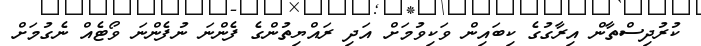
ކުރުދިސްތާން އިރާގުގެ ކިބައިން ވަކިވުމަށް އަދި ރައްޔިތުންގެ ފެންނަ ނުފެންނަ ވޯޓެއް ނެގުމަށް